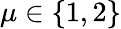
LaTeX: \mu\in\{ 1,2\}